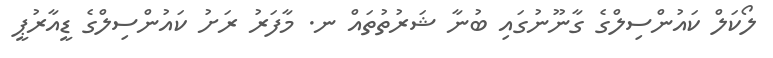
ލޯކަލް ކައުންސިލްގެ ގާނޫނުގައި ބުނާ ޝަރުތުތައް ނ. މާފަރު ރަށު ކައުންސިލްގެ ޑީއާރުޕީ